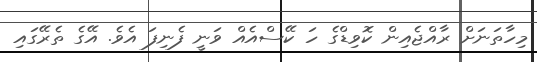
މިހާތަނަށް ރާއްޖެއިން ކޮވިޑްގެ ހަ ކޭސްއެއް ވަނީ ފެނިފަ އެވެ. އޭގެ ތެރޭގައި